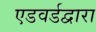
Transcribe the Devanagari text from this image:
एडवर्डद्वारा